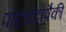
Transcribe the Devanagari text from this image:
पोटभेदांपैकी